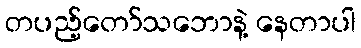
တပည့်တော်သဘောနဲ့ နေတာပါ